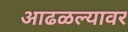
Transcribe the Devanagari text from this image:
आढळल्यावर